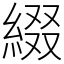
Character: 綴